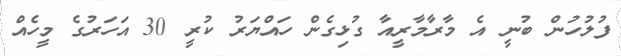
ފުލުހުން ބުނީ އެ މާރާމާރީއާ ގުޅިގެން ހައްޔަރު ކުރީ 30 އަހަރުގެ މީހެއް